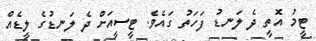
ޓީމު އޮތީ ދެ ލަނޑު ފަހަތު ގައެވެ. ޓީސީއަށް ދެ ލަނޑުގެ ލީޑެއް